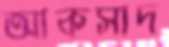
আকসাদ